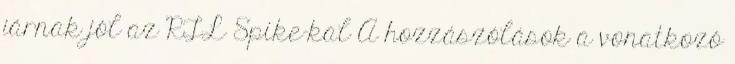
járnak jól az RTL Spike-kal A hozzászólások a vonatkozó